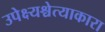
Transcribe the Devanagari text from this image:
उपेक्ष्यश्चेत्याकारा